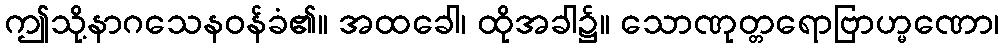
ဤသို့နာဂသေနဝန်ခံ၏။ အထခေါ၊ ထိုအခါ၌။ သောဏုတ္တရောဗြာဟ္မဏော၊